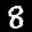
Label: 8